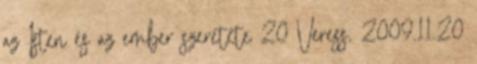
az Isten és az ember szeretete 20 Veress, 2009.11.20